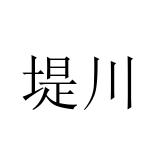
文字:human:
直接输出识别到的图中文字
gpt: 堤川